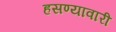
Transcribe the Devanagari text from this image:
हसण्यावारी